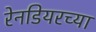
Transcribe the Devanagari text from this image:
रेनडियरच्या